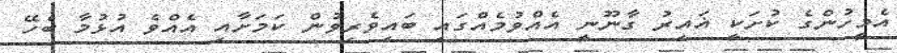
އެމީހުންގެ ކުށަކީ ޣައިރު ގާނޫނީ އެއްވުމެއްގައި ބައިވެރިވުން ކަމަށާއި އެއްވެ އުޅުމާ ބެހޭ